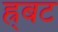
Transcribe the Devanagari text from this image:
ह्र्बट